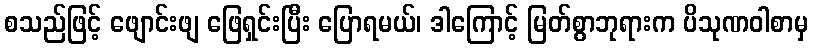
စသည်ဖြင့် ဖျောင်းဖျ ဖြေရှင်းပြီး ပြောရမယ်၊ ဒါကြောင့် မြတ်စွာဘုရားက ပိသုဏဝါစာမှ